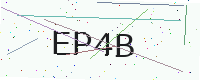
Text: EP4B